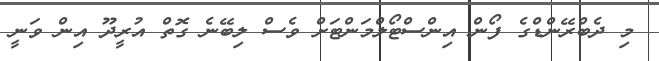
މި ދެބްރޭންޑްގެ ފޯން އިންސްޓޯލްމަންޓަށް ވެސް ލިބޭނެ ގޮތް އުރީދޫ އިން ވަނީ